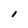
Character: 1